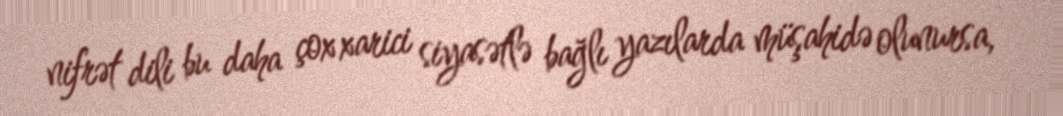
nifrət dili bu daha çox xarici siyasətlə bağlı yazılarda müşahidə olunursa,